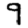
Digit: 9